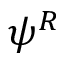
\psi ^ { R }